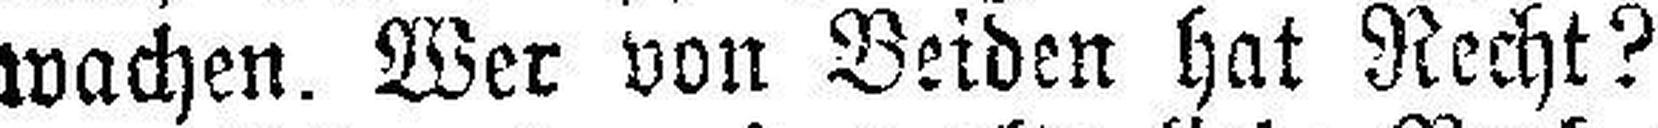
wachen. Wer von Beiden hat Recht?